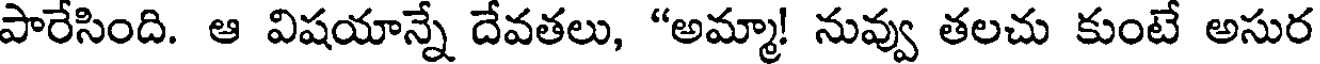
పారేసింది. ఆ విషయాన్నే దేవతలు, "అమ్మా! నువ్వు తలచు కుంటే అసుర